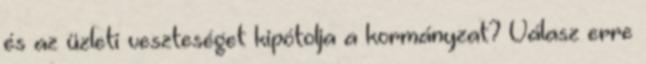
és az üzleti veszteséget kipótolja a kormányzat? Válasz erre